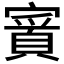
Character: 𫴉